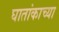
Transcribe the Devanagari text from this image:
घातांकाच्या